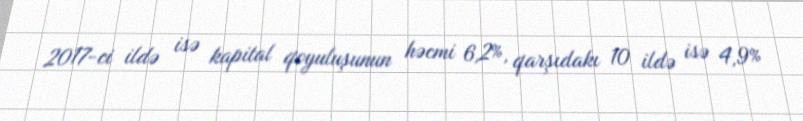
2017-ci ildə isə kapital qoyuluşunun həcmi 6,2%, qarşıdakı 10 ildə isə 4,9%